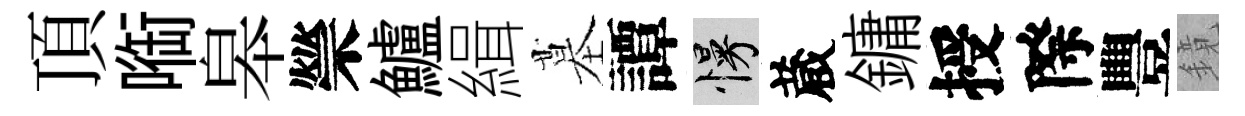
頂㗸皋禜鱸緝墓譚慢蔵鏞授際豐鏡